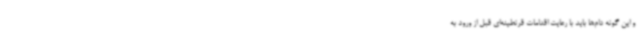
و این گونه دام‌ها باید با رعایت اقدامات قرنطینه‌ای قبل از ورود به